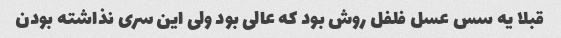
قبلا یه سس عسل فلفل روش‌ بود که عالی بود ولی این سری‌ نذاشته بودن